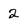
Character: 2